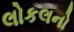
લોકલનો